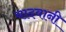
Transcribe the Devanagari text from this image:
यादवानी